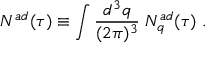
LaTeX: { \cal N } ^ { a d } ( \tau ) \equiv \int { \frac { d ^ { 3 } q } { ( 2 \pi ) ^ { 3 } } } \; N _ { q } ^ { a d } ( \tau ) \; .